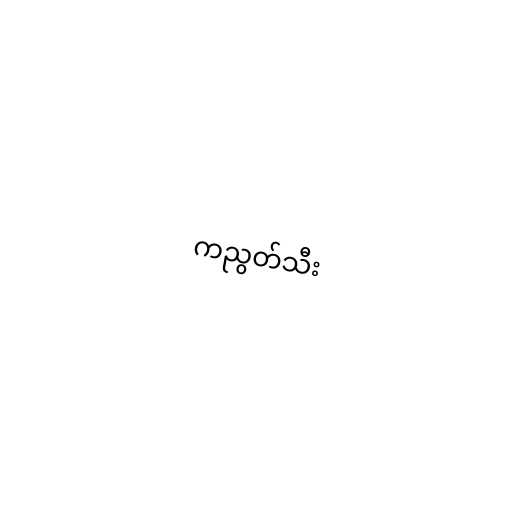
ကညွတ်သီး